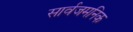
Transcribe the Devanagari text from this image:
सार्वजमनिक